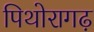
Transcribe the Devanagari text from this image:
पिथोरागढ़